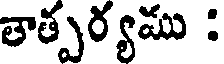
తాత్పర్యము :